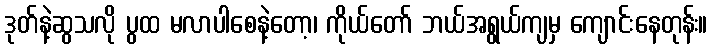
ဒုတ်နဲ့ဆွသလို ပွထ မလာပါစေနဲ့တော့၊ ကိုယ်တော် ဘယ်အရွယ်ကျမှ ကျောင်းနေတုန်း။